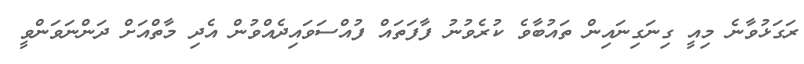
ރަގަޅުވާނެ މިއީ ގިނަގިނައިން ތައުބާވެ ކުރެވުނު ފާފަތައް ފުއްސަވައިދެއްވުން އެދި މާތްއަށް ދަންނަވަންވީ